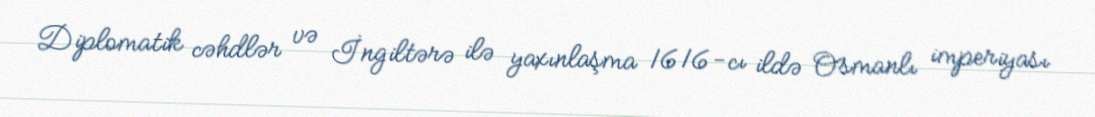
Diplomatik cəhdlər və İngiltərə ilə yaxınlaşma 1616-cı ildə Osmanlı imperiyası